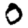
Digit: 0